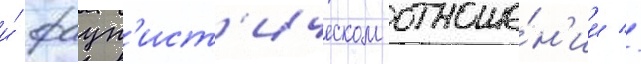
и́ фаун'ист'ическом отноше́н'ии //